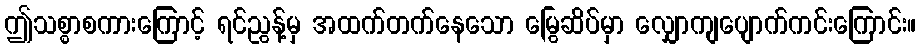
ဤသစ္စာစကားကြောင့် ရင်ညွန့်မှ အထက်တက်နေသော မြွေဆိပ်မှာ လျှောကျပျောက်ကင်းကြောင်း။